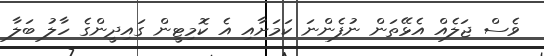
ވެސް ޖަލެއް އެޅޭތަން ނުފެންނަ ކަމަށާއި އެ ކޮމިޓީން ގައިދީންގެ ހާލު ބަލާ